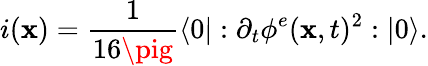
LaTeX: i(\mathbf{x})=\frac{{1}}{{16\pig}}\langle0|:\partial_{t}\phi^{e}(\mathbf{x},t)^{2}:|0\rangle.